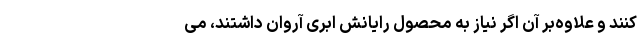
کنند و علاوه‌بر آن اگر نیاز به محصول رایانش ابری آروان داشتند، می